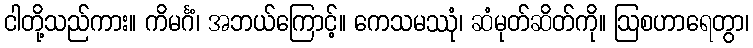
ငါတို့သည်ကား။ ကိမင်္ဂံ၊ အဘယ်ကြောင့်။ ကေသမဿုံ၊ ဆံမုတ်ဆိတ်ကို။ ဩစဟာရေတွာ၊